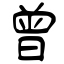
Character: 曾